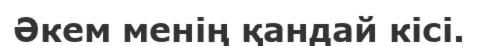
Әкем менің қандай кісі.